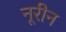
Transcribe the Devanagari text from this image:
नूरीन